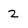
Character: 2